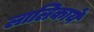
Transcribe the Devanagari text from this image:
लालिकायें